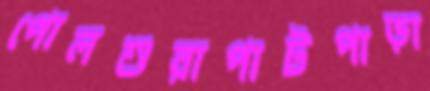
পোলশুরাপাটপাড়া